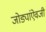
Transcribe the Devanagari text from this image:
जोड्यांऐवजी